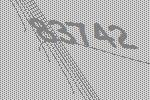
83742